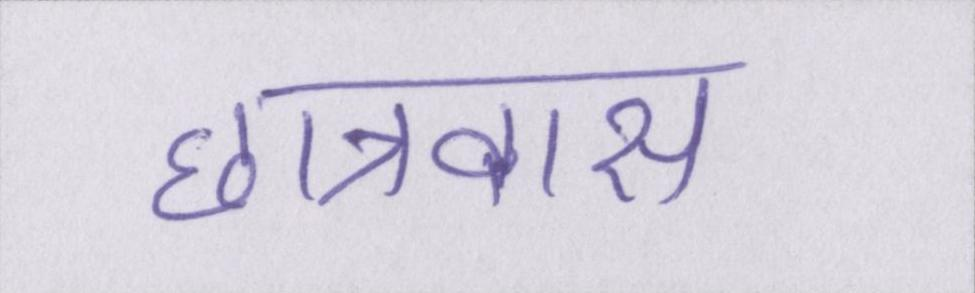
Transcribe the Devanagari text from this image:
छात्रावास